Report on the working of the Ranchi Indian Mental Hospital, Kanke, in Bihar and Orissa - 1930-1940
Year: 1930
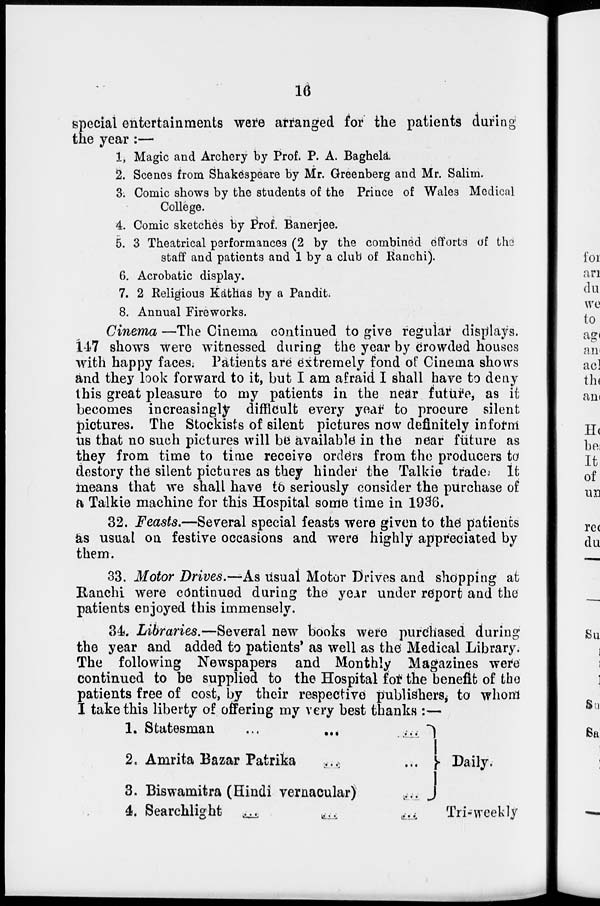
16
special entertainments were arranged for the patients during
the year :—
1. Magic and Archery by Prof. P. A. Baghela.
2. Scenes from Shakespeare by Mr. Greenberg and Mr. Salim.
3. Comic shows by the students of the Prince of Wales Medical
College.
4. Comic sketches by Prof. Banerjee.
5. 3 Theatrical performances (2 by the combined efforts of the
staff and patients and 1 by a club of Ranchi).
6. Acrobatic display.
7.
Religious Kathas by a Pandit.
8. Annual Fireworks.
Cinema —The Cinema continued to give regular displays.
147 shows were witnessed during the year by crowded houses
with happy faces; Patients are extremely fond of Cinema shows
and they look forward to it, but I am afraid I shall have to deny
this great pleasure to my patients in the near future, as it
becomes increasingly difficult every year to procure silent
pictures. The Stockists of silent pictures now definitely inform
us that no such pictures will be available in the near future as
they from time to time receive orders from the producers to
destory the silent pictures as they hinder the Talkie trade. It
means that we shall have to seriously consider the purchase of
a Talkie machine for this Hospital some time in 1936.
32. Feasts.—Several special feasts were given to the patients
as usual on festive occasions and were highly appreciated by
them.
33. Motor Drives.—As usual Motor Drives and shopping at
Ranchi were continued during the year under report and the
patients enjoyed this immensely.
34. Libraries.—Several new books were purchased during
the year and added to patients' as well as the Medical Library.
The following Newspapers and Monthly Magazines were
continued to be supplied to the Hospital for the benefit of the
patients free of cost, by their respective publishers, to whom
I take this liberty of offering my very best thanks :—
1. Statesman
...
...
...
2, Amrita Bazar Patrika
...
...
3. Biswamitra (Hindi vernacular)
...
4. Searchlight
...
...
...
Daily.
Tri-weekly